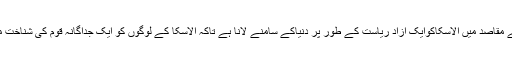
اس پارٹی کے مقاصد میں الاسکاکوایک آزاد ریاست کے طور پر دنیاکے سامنے لانا ہے تاکہ الاسکا کے لوگوں کو ایک جداگانہ قوم کی شناخت میسر آ سکے۔